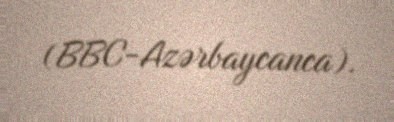
(BBC-Azərbaycanca).